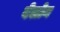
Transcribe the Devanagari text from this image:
वेलोन